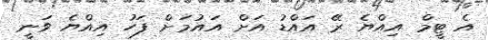
އެ ޓީމް އިއްޔެ ރޭ އައްޑު އަށް އައުމަށް ފަހު އިއްޔެ ވަނީ